Tartu_linna_vaeslastekohus, lk 21
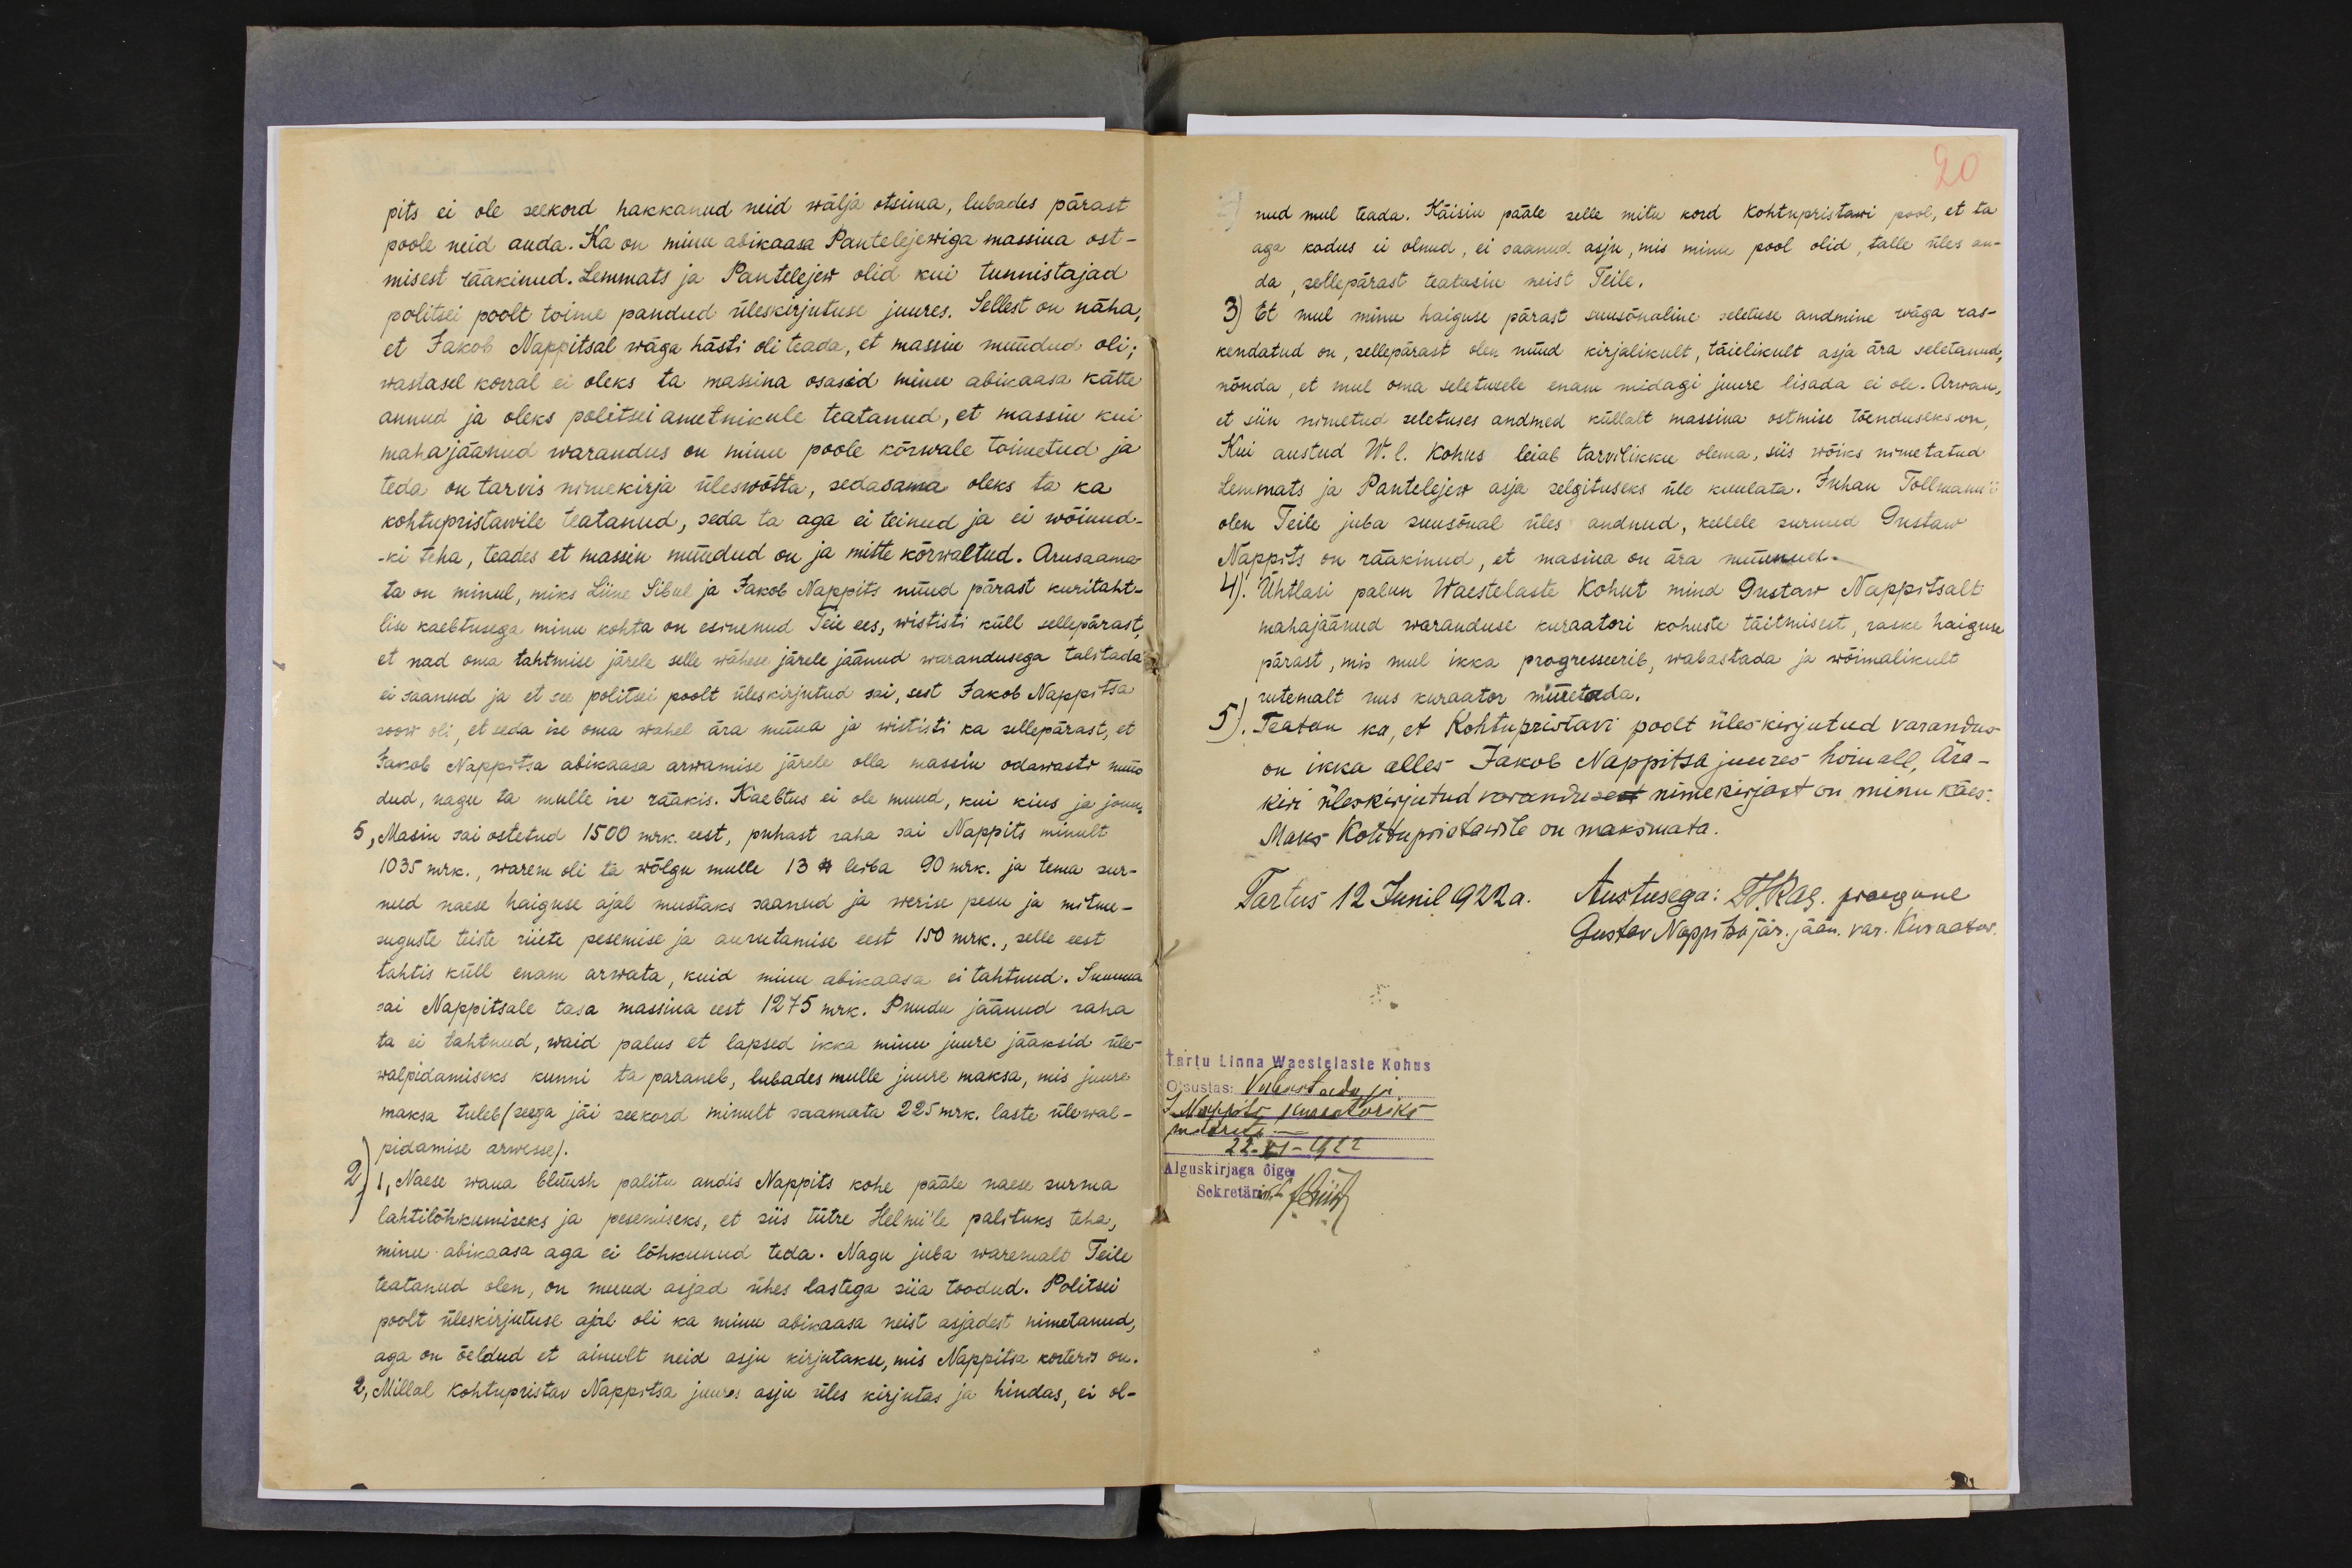
pits ei ole seekord hakkanud neid wälja otsima, lubades pärast
poole neid anda. Ka on minu abikaasa Pantelejewiga massina ost-
misest rääkinud. Lemmats ja Pantelejew olid kui tunnistajad
politsei poolt toime pandud üleskirjutuse juures. Sellest on näha,
et Jakob Nappitsal wäga hästi oli teada, et massin müüdud oli;
wastasel korral ei oleks ta massina osasid minu abikaasa kätte
annud ja oleks politsei ametnikule teatanud, et massin kui
mahajäänud warandus on minu poole kõrwale toimetud ja
teda on tarvis nimekirja üleswõtta, sedasama oleks ta ka
kohtupristawile teatanud, seda ta aga ei teinud ja ei wõinud-
-ki teha, teades et massin müüdud on ja mitte kõrwaltud. Arusaama-
ta on minul, miks Liine Sibul ja Jakob Nappits nüüd pärast kuritaht-
lise kaebtusega minu kohta on esinenud Teie ees, wististi küll sellepärast,
et nad oma tahtmise järele selle wähese järele jäänud warandusega talitada
ei saanud ja et see politsei poolt üleskirjutud sai, sest Jakob Nappitsa
soow oli, et seda ise oma wahel ära müüa ja wististi ka sellepärast, et
Jakob Nappitsa abikaasa arwamise järele olla massin odawasti müü-
dud, nagu ta mulle ise rääkis. Kaebtus ei ole muud, kui kius ja jonn.
5, Masin sai ostetud 1500 mrk. eest, puhast raha sai Nappits minult
1035 mrk., warem oli ta wõlgu mulle 13 lb leiba 90 mrk. ja tema sur-
nud naese haiguse ajal mustaks saanud ja werise pesu ja mitme-
suguste teiste riiete pesemise ja aurutamise eest 150 mrk., selle eest
tahtis küll enam arwata, kuid minu abikaasa ei tahtnud. Summa
sai Nappitsale tasa massina eest 1275 mrk. Puudu jäänud raha
ta ei tahtnud, waid palus et lapsed ikka minu juure jääksid üle-
walpidamiseks kunni ta paraneb, lubades mulle juure maksa, mis juure
maksa tuleb (seega jäi seekord minult saamata 225 mrk. laste ülewal-
pidamise arwesse).
2) 1, Naese wana blüüsh palitu andis Nappits kohe pääle naese surma
lahtilõhkumiseks ja pesemiseks, et siis tütre Helmi´le palituks teha,
minu abikaasa aga ei lõhkunud teda. Nagu juba waremalt Teile
teatanud olen, on muud asjad ühes lastega siia toodud. Politsei
poolt üleskirjutuse ajal oli ka minu abikaasa neist asjadest nimetanud,
aga on öeldud et ainult neid asju kirjutakse, mis Nappitsa korteris on.
2, Millal kohtupristav Nappitsa juures asju üles kirjutas ja hindas, ei ol-

nud mul teada. Käisin pääle selle mitu kord kohtupristawi pool, et ta
aga kodus ei olnud, ei saanud asju, mis minu pool olid, talle üles an-
da, sellepärast teatasin neist Teile.
3) Et mul minu haiguse pärast suusõnaline seletuse andmine wäga ras-
kendatud on, sellepärast olen nüüd kirjalikult, täielikult asja ära seletanud;
nõnda, et mul oma seletusele enam midagi juure lisada ei ole. Arwan,
et siin nimetud seletuses andmed küllalt massina ostmise tõenduseks on,
Kui austud W. l. Kohus leiab tarvilikku olema, siis wõiks nimetatud
Lemmats ja Pantelejew asja selgituseks üle kuulata. Juhan Tollmann´i
olen Teile juba suusõnal üles andnud, kellele surnud Gustaw
Nappits on rääkinud, et masina on ära müünud.
4). Ühtlasi palun Waestelaste Kohut mind Gustaw Nappitsalt
mahajäänud waranduse kuraatori kohuste täitmisest, raske haiguse
pärast, mis mul ikka progresseerib, wabastada ja wõimalikult
rutemalt uus kuraator nimetada.
5). Teatan ka, et Kohtupristavi poolt üleskirjutud varandus
on ikka alles Jakob Nappitsa juures hoiu all, Ära-
kiri üleskirjutud varandusest nimekirjast on minu käes.
Maks Kohtupristawile on maksmata.
Tartus 12 Junil 1922a. Austusega: T.Rae. praegune
Gustav Nappitsa jär. jään. var. Kuraator.
tartu Linna Waestelaste Kohus
Otsustas: Vabastada ja
J. Nappits kuraatoriks
määrata.-
22 - VI -1922
Alguskirjaga õige
Sekretäri k.t. JHiir